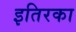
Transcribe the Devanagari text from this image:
इतिरका